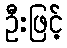
ဦးဖြင့်